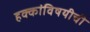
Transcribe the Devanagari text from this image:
हक्कांविषयीची